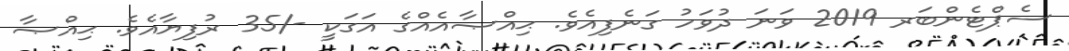
ސެޕްޓެންބަރ 2019 ވަނަ ދުވަހު ގަނެފިއެވެ. ޙިއްޞާއެއްގެ އަގަކީ -/35 ރުފިޔާއެވެ. ޙިއްޞާ